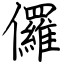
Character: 儸